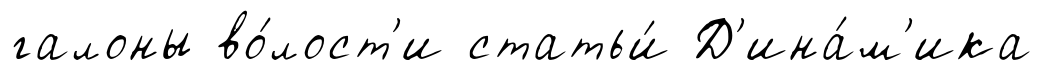
галоны во́лост'и статьи́ Д'ина́м'ика